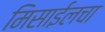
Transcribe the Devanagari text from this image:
मिसाईलचा